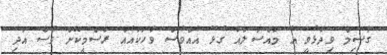
ގާސިމް ވިދާޅުވީ އެ މައްސަލައާ ގުޅޭ އެއްވެސް ވާހަކައެއް ރަސްމީކޮށް ވެސް އަދި